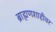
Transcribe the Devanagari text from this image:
ब्राह्मणशाहीवर